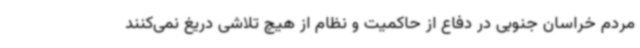
مردم خراسان جنوبی در دفاع از حاکمیت و نظام از هیچ تلاشی دریغ نمی‌کنند